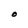
Character: O